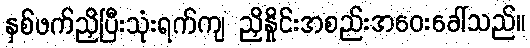
နှစ်ဖက်ညှိပြီးသုံးရက်ကျ ညှိနှိုင်းအစည်းအဝေးခေါ်သည်။